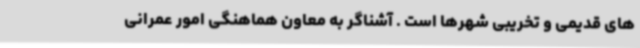
های قدیمی و تخریبی شهرها است .‌ آشناگر به معاون هماهنگی امور عمرانی